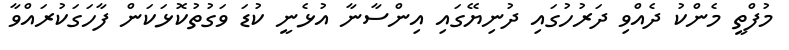
މުފްތީ މެންކު ދެއްވި ދަރުހުގައި ދުނިޔޭގައި އިންސާނާ އުޅެނީ ކުޑަ ވަގުތުކޮޅަކަން ފާހަގަކުރައްވާ